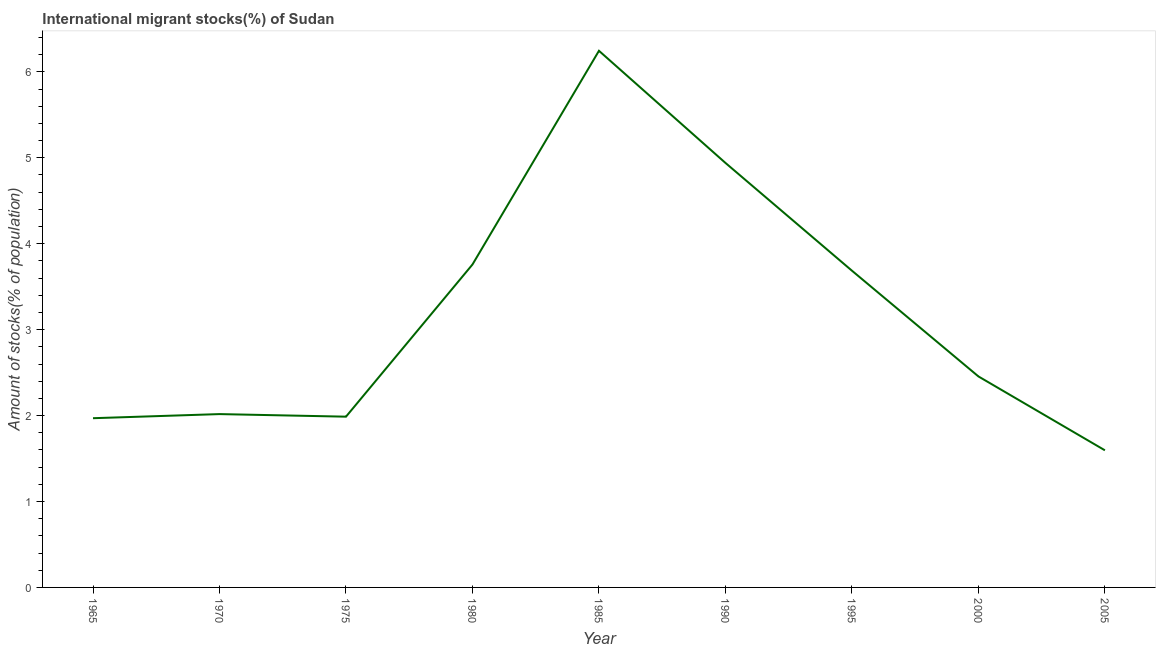
| Year | International migrant stock |
 | --- | --- |
 | 1965 | 1.97 |
 | 1970 | 2.02 |
 | 1975 | 1.99 |
 | 1980 | 3.76 |
 | 1985 | 6.24 |
 | 1990 | 4.94 |
 | 1995 | 3.69 |
 | 2000 | 2.46 |
 | 2005 | 1.6 |